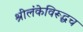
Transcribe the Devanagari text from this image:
श्रीलंकेविरूद्धच